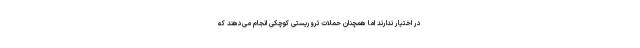
در اختیار ندارند اما همچنان حملات تروریستی کوچکی انجام می‌دهند که